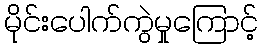
မိုင်းပေါက်ကွဲမှုကြောင့်